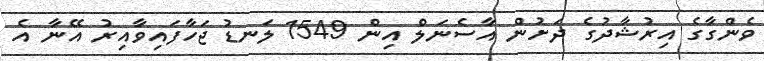
ވެންގާގެ އިރުޝާދުގެ ދަށުން އާސެނަލް އިން 1549 ލަނޑު ޖަހާފައިވާއިރު އޭނާ އެ